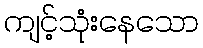
ကျင့်သုံးနေသော